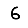
Digit: 6